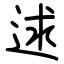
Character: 逑